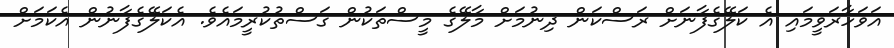
އަވަހާރަވީމައި އެ ކަލޭގެފާނަށް ރަސްކަން ދިނުމަށް މާލޭގެ މީސްތަކުން ގަސްތުކުރީމައެވެ. އެކަލޭގެފާނުން އެކަމަށް